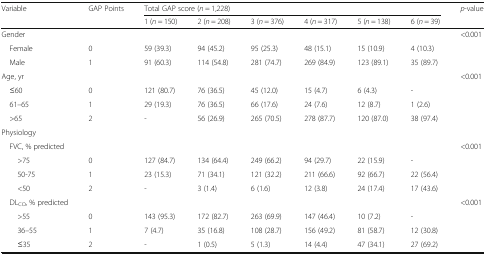
<table><thead><tr><td><b>Variable</b></td><td><b>GAP Points</b></td><td colspan="6"><b>Total GAP score (<i>n</i> = 1,228)</b></td><td><b><i>p</i>-value</b></td></tr><tr><td></td><td></td><td><b>1 (<i>n</i> = 150)</b></td><td><b>2 (<i>n</i> = 208)</b></td><td><b>3 (<i>n</i> = 376)</b></td><td><b>4 (<i>n</i> = 317)</b></td><td><b>5 (<i>n</i> = 138)</b></td><td><b>6 (<i>n</i> = 39)</b></td><td></td></tr></thead><tbody><tr><td>Gender</td><td></td><td></td><td></td><td></td><td></td><td></td><td></td><td>&lt;0.001</td></tr><tr><td> Female</td><td>0</td><td>59 (39.3)</td><td>94 (45.2)</td><td>95 (25.3)</td><td>48 (15.1)</td><td>15 (10.9)</td><td>4 (10.3)</td><td></td></tr><tr><td> Male</td><td>1</td><td>91 (60.3)</td><td>114 (54.8)</td><td>281 (74.7)</td><td>269 (84.9)</td><td>123 (89.1)</td><td>35 (89.7)</td><td></td></tr><tr><td>Age, yr</td><td></td><td></td><td></td><td></td><td></td><td></td><td></td><td>&lt;0.001</td></tr><tr><td> ≤60</td><td>0</td><td>121 (80.7)</td><td>76 (36.5)</td><td>45 (12.0)</td><td>15 (4.7)</td><td>6 (4.3)</td><td>-</td><td></td></tr><tr><td> 61–65</td><td>1</td><td>29 (19.3)</td><td>76 (36.5)</td><td>66 (17.6)</td><td>24 (7.6)</td><td>12 (8.7)</td><td>1 (2.6)</td><td></td></tr><tr><td> &gt;65</td><td>2</td><td>-</td><td>56 (26.9)</td><td>265 (70.5)</td><td>278 (87.7)</td><td>120 (87.0)</td><td>38 (97.4)</td><td></td></tr><tr><td colspan="9">Physiology</td></tr><tr><td> FVC, % predicted</td><td></td><td></td><td></td><td></td><td></td><td></td><td></td><td>&lt;0.001</td></tr><tr><td>&gt;75</td><td>0</td><td>127 (84.7)</td><td>134 (64.4)</td><td>249 (66.2)</td><td>94 (29.7)</td><td>22 (15.9)</td><td>-</td><td></td></tr><tr><td>50-75</td><td>1</td><td>23 (15.3)</td><td>71 (34.1)</td><td>121 (32.2)</td><td>211 (66.6)</td><td>92 (66.7)</td><td>22 (56.4)</td><td></td></tr><tr><td>&lt;50</td><td>2</td><td>-</td><td>3 (1.4)</td><td>6 (1.6)</td><td>12 (3.8)</td><td>24 (17.4)</td><td>17 (43.6)</td><td></td></tr><tr><td> DL<sub>CO</sub>, % predicted</td><td></td><td></td><td></td><td></td><td></td><td></td><td></td><td>&lt;0.001</td></tr><tr><td>&gt;55</td><td>0</td><td>143 (95.3)</td><td>172 (82.7)</td><td>263 (69.9)</td><td>147 (46.4)</td><td>10 (7.2)</td><td>-</td><td></td></tr><tr><td>36–55</td><td>1</td><td>7 (4.7)</td><td>35 (16.8)</td><td>108 (28.7)</td><td>156 (49.2)</td><td>81 (58.7)</td><td>12 (30.8)</td><td></td></tr><tr><td>≤35</td><td>2</td><td>-</td><td>1 (0.5)</td><td>5 (1.3)</td><td>14 (4.4)</td><td>47 (34.1)</td><td>27 (69.2)</td><td></td></tr></tbody></table>